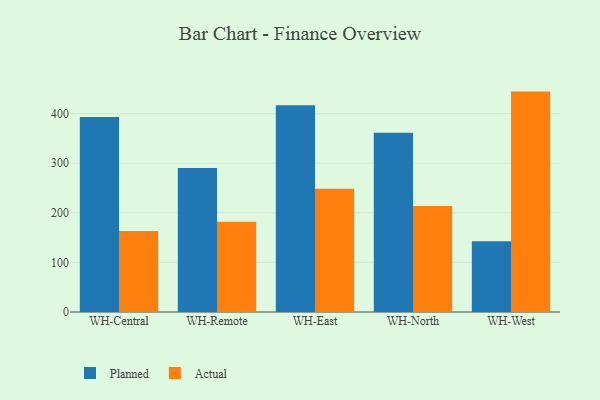
{"axis": {"x": "Warehouse", "y": "Shipments"}, "legend": ["Actual", "Planned"], "data": [{"x": "WH-Central", "y": 393.0, "type": "Planned"}, {"x": "WH-Central", "y": 163.3, "type": "Actual"}, {"x": "WH-Remote", "y": 290.6, "type": "Planned"}, {"x": "WH-Remote", "y": 182.0, "type": "Actual"}, {"x": "WH-East", "y": 416.9, "type": "Planned"}, {"x": "WH-East", "y": 248.7, "type": "Actual"}, {"x": "WH-North", "y": 361.6, "type": "Planned"}, {"x": "WH-North", "y": 213.6, "type": "Actual"}, {"x": "WH-West", "y": 142.7, "type": "Planned"}, {"x": "WH-West", "y": 444.4, "type": "Actual"}]}